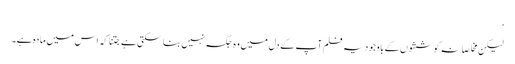
‘
لیکن مخلصانہ کوششوں کے باوجود یہ فلم آپ کے دل میں وہ جگہ نہیں بنا سکتی ہے جتنا کہ اس میں مادہ ہے۔